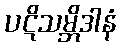
ပဋိသမ္ဘိဒါနံ